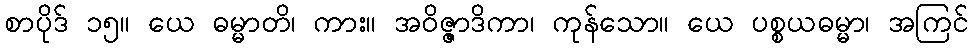
စာပိုဒ် ၁၅။ ယေ ဓမ္မာတိ၊ ကား။ အဝိဇ္ဇာဒိကာ၊ ကုန်သော။ ယေ ပစ္စယဓမ္မာ၊ အကြင်